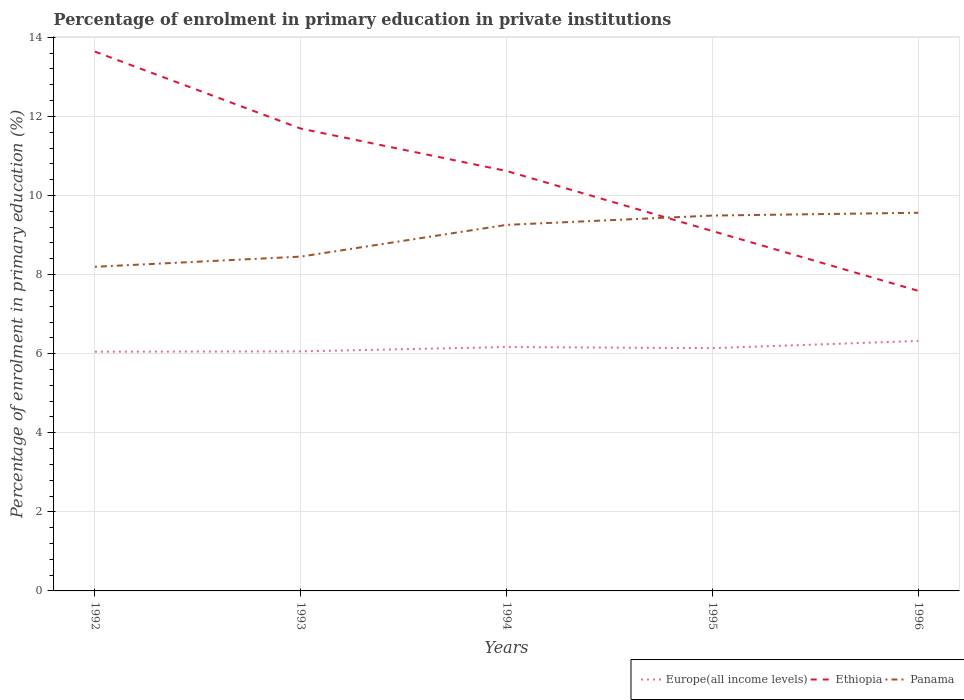
| Years | Europe(all income levels) | Ethiopia | Panama |
 | --- | --- | --- | --- |
 | 1992 | 6.05 | 13.6 | 8.2 |
 | 1993 | 6.06 | 11.7 | 8.45 |
 | 1994 | 6.17 | 10.6 | 9.26 |
 | 1995 | 6.14 | 9.1 | 9.49 |
 | 1996 | 6.32 | 7.59 | 9.56 |